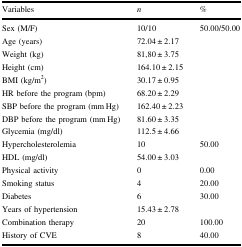
<table><thead><tr><td><b>Variables</b></td><td><b><i>n</i></b></td><td><b>%</b></td></tr></thead><tbody><tr><td>Sex (M/F)</td><td>10/10</td><td>50.00/50.00</td></tr><tr><td>Age (years)</td><td>72.04 ± 2.17</td><td></td></tr><tr><td>Weight (kg)</td><td>81,80 ± 3.75</td><td></td></tr><tr><td>Height (cm)</td><td>164.10 ± 2.15</td><td></td></tr><tr><td>BMI (kg/m<sup>2</sup>)</td><td>30.17 ± 0.95</td><td></td></tr><tr><td>HR before the program (bpm)</td><td>68.20 ± 2.29</td><td></td></tr><tr><td>SBP before the program (mm Hg)</td><td>162.40 ± 2.23</td><td></td></tr><tr><td>DBP before the program (mm Hg)</td><td>81.60 ± 3.35</td><td></td></tr><tr><td>Glycemia (mg/dl)</td><td>112.5 ± 4.66</td><td></td></tr><tr><td>Hypercholesterolemia</td><td>10</td><td>50.00</td></tr><tr><td>HDL (mg/dl)</td><td>54.00 ± 3.03</td><td></td></tr><tr><td>Physical activity</td><td>0</td><td>0.00</td></tr><tr><td>Smoking status</td><td>4</td><td>20.00</td></tr><tr><td>Diabetes</td><td>6</td><td>30.00</td></tr><tr><td>Years of hypertension</td><td>15.43 ± 2.78</td><td></td></tr><tr><td>Combination therapy</td><td>20</td><td>100.00</td></tr><tr><td>History of CVE</td><td>8</td><td>40.00</td></tr></tbody></table>